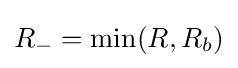
R_{-}=\mathrm {min} (R,R_{b})